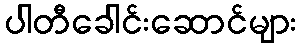
ပါတီခေါင်းဆောင်များ